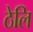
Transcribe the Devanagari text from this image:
ठेलि